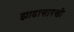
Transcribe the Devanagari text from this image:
झाडासारखी